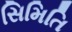
સિમિતિ